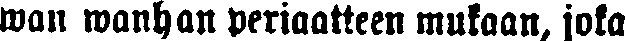
wan wanhan periaatteen mukaan, joka